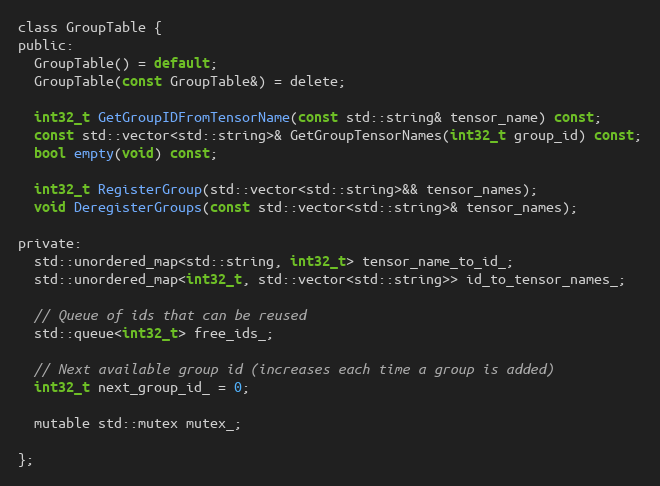
Language: C
class GroupTable {
public:
  GroupTable() = default;
  GroupTable(const GroupTable&) = delete;

  int32_t GetGroupIDFromTensorName(const std::string& tensor_name) const;
  const std::vector<std::string>& GetGroupTensorNames(int32_t group_id) const;
  bool empty(void) const;

  int32_t RegisterGroup(std::vector<std::string>&& tensor_names);
  void DeregisterGroups(const std::vector<std::string>& tensor_names);

private:
  std::unordered_map<std::string, int32_t> tensor_name_to_id_;
  std::unordered_map<int32_t, std::vector<std::string>> id_to_tensor_names_;

  // Queue of ids that can be reused
  std::queue<int32_t> free_ids_;

  // Next available group id (increases each time a group is added)
  int32_t next_group_id_ = 0;

  mutable std::mutex mutex_;

};